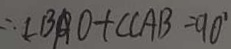
\therefore \angle B A O + \angle C A B = 9 0 ^ { \circ }